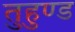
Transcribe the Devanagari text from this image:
तुहुण्ड